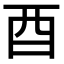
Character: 酉